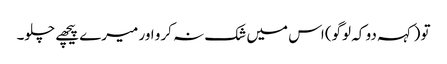
تو (کہہ دو کہ لوگو) اس میں شک نہ کرو اور میرے پیچھے چلو۔